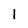
Character: l